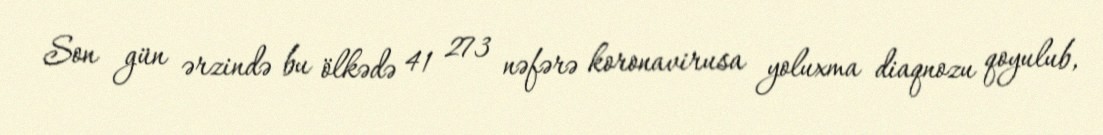
Son gün ərzində bu ölkədə 41 273 nəfərə koronavirusa yoluxma diaqnozu qoyulub,